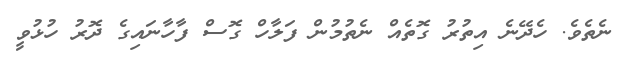
ނެތެވެ. ހެދޭނެ އިތުރު ގޮތެއް ނެތުމުން ފަލާހް ގޮސް ފާހާނައިގެ ދޮރު ހުޅުވީ